Vital statistics of India. Vol. IV, Annual returns from 1871 to 1876. British Army of India, Native Army and jails of Bengal
Year: 1871
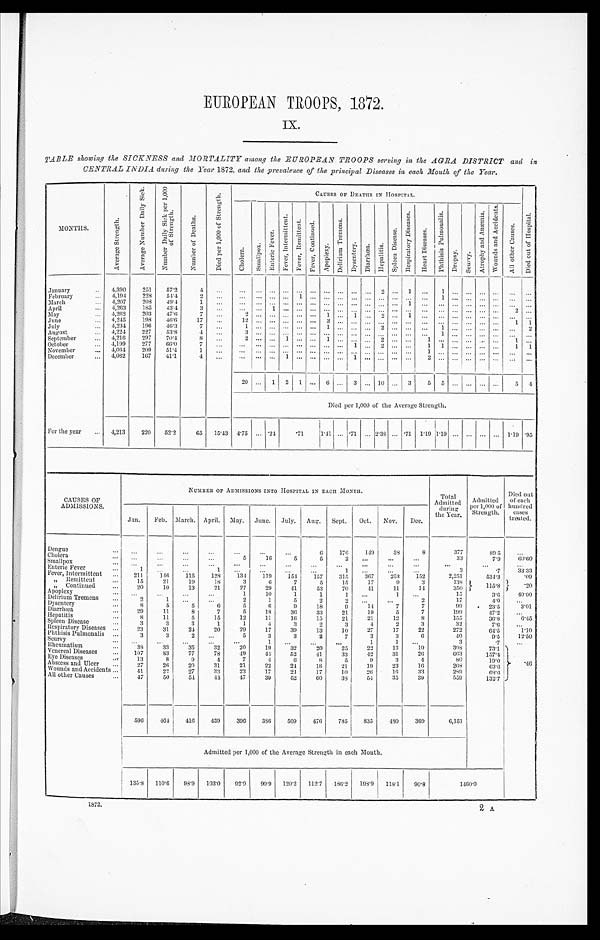
EUROPEAN TROOPS, 1872.
IX.
TABLE showing the SICKNESS and MORTALITY among the EUROPEAN TROOPS serving in the AGRA DISTRICT and in
CENTRAL INDIA during the Year 1872 , and the prevalence of the principal Diseases in each Month of the Year.
MONTHS.
A v e r a g e S t r e n g t h .
A v e r a g e N u m b e r D a i l y S i c k .
N u m b e r D a i l y S i c k p e r 1 , 0 0 0
o f S t r e n g t h .
N u m b e r o f D e a t h s .
D i e d p e r 1 , 0 0 0 o f S t r e n g t h .
CAUSES OF DEATHS IN HOSPITAL.
D i e d o u t o f H o s p i t a l .
C h o l e r a .
S m a l l p o x .
E n t e r i c F e v e r .
F e v e r , I n t e r m i t t e n t . F e v e r , R e m i t t e n t .
F e v e r , C o n t i n u e d .
A p o p l e x y . D e l i r i u m T r e m e n s .
D y s e n t e r y .
D i a r r h œ a .
H e p a t i t i s .
S p l e e n D i s e a s e .
R e s p i r a t o r y D i s e a s e s . H e a r t D i s e a s e s .
P h t h i s i s P u l m o n a l i s .
D r o p s y .
S c u r v y .
A t r o p h y a n d A n æ m i a . W o u n d s a n d A c c i d e n t s .
A l l o t h e r C a u s e s .
January
.. 4,390
251
57.2
4 ...
... ... ... ... ... ...
. . .
... ... ...
2
. . . 1 ...
1 . . . . . . . . . . . . ......
February ...
4,194
228
54.4
2 ... ...
. . . ... ...
1 ... . . . . . .
. . . . . .
... . . . . . .
...
1 . . . . . . . . . ... ......
March
... 4,207
208 49.4
1
... ... ... ... ... ... ... ...
. . . ... ... ... ... 1 ... ... ... ...
. . . ...
. . . ...
April
... 4,263
185 43.4
3
...
. . .
. . . 1
. . . . . . ... . . .
. . . . . . ... ... ... ... ... ... ...
. . . ... ...
2 ...
May ...
4,262
203
47.6
7
... 2
. . . ...
. . . . . . ... 1 . . . 1 . . .
2
. . . 1 ...
. . . . . . . . . . . . . . .
......
June
... 4,245
198
46.6
17 ...
12 . . . . . . . . . . . . ... 3 3
. . . . . . . . . ... ... ...
. . .
. . . . . .
. . . . . . . . .
1
1
July ...
4,234
196 46.3
7 ...1
. . . . . . . . . . . . . . .
1 . . . . . . .., 2
. . . . . .
... 1
. . . . . . . . . . . . ... 2
August ...
4,224
227
53.8
4 ... 3
. . . . . . ... ... ... ... ... ... ... ...
. . . . . .
. . .
1 . . . . . . . . .
. . .
. . . ...
September
... 4,216
297
70.4
8
... 2
. . . . . . 1
. . . ... 1
. . . . . .
. . . 2
. . . . . . 1
. . . . . . . . . . . . . . .
1 ...
October
... 4,199
277
66.0
7
... ...
. . . ... ...
. . . ... ... ... 1
. . . 2
. . . . . . 1 1
. . . . . . . . . ... 1 1
November ...
4,064
209
51.4
1 ... ... . . . ... ... ... ... ... ... ... ... ... ... ...
1 . . . . . . . . . . . . ... ... ...
December
.., 4,062
167
41.1
4
... ... . . . . . . 1 . . . ... . . . . . .
1
. . .
... . . . . . .
2 . . . . . . . . . . . . . . . ......
20 ... l 2 1 ... 6 ... 3 ... 10 ... 3
5
5 ...
. . . . . . . . . 5
4
Died per 1,000 of the Average Strength.
For the year ...
4,213
220 52.2
65 15.43
4 . 7 5 ... . 2 4
. 7 1
1 . 4 1
...
. 7 1 ... 2.38 ...
. 7 1 1.19 1 . 1 9
... ... ... ... 1.19 .95
CAUSES OF
ADMISSIONS.
NUMBER OF ADMISSIONS INTO HOSPITAL IN EACH MONTH.
Total
Admitted
during
the Year.
Admitted
per 1,000 of
Strength.
Died out
of each
hundred
c a s e s
treated.
Jan. Feb. March. April. May. June. July. Aug. Sept. Oct. Nov. Dec.
Dengue
. . .
. . .
. . .
. . .
. . .
. . .
. . . ...
6
176
149
38
8
377
89 5
...
Cholera
...
. . .
. . .
. . .
. . .
5
16
5
5
2
. . . ...
...
33
7.9
6 0 . 6 0
Smallpox
...
. . .
...
. . .
. . .
...
...
...
...
...
. . .
. . . ...
...
. . .
. . .
Enteric Fever ...
1
...
...
1
. . .
. . .
. . .
. . .
1
. . .
. . .
. . .
3
. 7
3 3 . 3 3
Fever, Intermittent . . .
211
146
1 1 5
128
134
1 1 9 1 5 4
157
315
367
253
152
2,251
534.3
. 0 9
„ Remittent
...
15
21
1 9
18
3
6
7
5
15
17
9
3
138
115.8 .20
„ Continued
. . .
20
10
13
21
27
29
41
53
7 0
41
11
14
350
Apoplexy ... . . .
. . .
. .
. . . ...
1
1 0
1
1
1
. . .
1
. . .
15
3 . 6
40.00
Delirium Tremens
...
2
1
. . . . . .
2
1
5
2
2
. . . ...
2
17
4 . 0
. . .
Dysentery ...
8
5
5
6
5
6
9
18
9
14
7
7
99
2 3 . 5
3.01
Diarrhœa
. . .
29
11
8
7
5
18
36
33
21
19
5
7
199
47.2
. . .
Hepatitis
. . .
8
11
5
15
12
11
16
15
21
21
12
8
155
36.8
6.45
Spleen Disease ...
3
3
3
1
1
4
3
2
3
4
2
3
32
7.6
. . .
Respiratory Diseases ...
23
31
24
20
29
17
39
13
10
27
17
22
272
64.5
1.10
Phthisis Pulmonalis ...
3
3
2
. . .
5
3
3
2
7
3
3
6
40
9.5
12.50
Scurvy
... ...
. . . ...
. . .
. . .
1
. . . . . .
...
1
1
. . .
3
. 7
...
Rheumatism
. . .
38
33
35
32
20
19
32
20
25
22
13
19
308
73.1
. 4 6
Venereal Diseases
. . . 107
83
77
78
49
44
52
41
33
42
31
26
663
157.4
Eve Diseases
...
13
8
9
4
7
4
6
8
5
9
3
4
80
19.0
Abscess and Ulcer ... . .
27
26
20
31
21
22
24
18
21
19
23
16
268
63.6
Wounds and Accidents ...
41
22
27
33
23
17
24
17
10
26
16
33
289
68.6
All other Causes
. . .
47
50
54
44
47
39
52
60
38
54
35
39
559
132.7
596
464 416
439
396
386
509
476
785
835
490
369
6,151
Admitted per 1,000 of the Average Strength in each Month.
1 3 5 . 8
110.6 98.9 103.0 92.9 90.9 120.2 112.7 186.2 198.9 118.1 90.8
1460.0
1872. 2 A